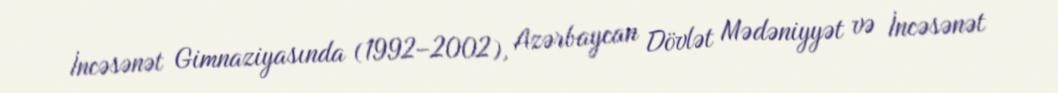
İncəsənət Gimnaziyasında (1992–2002), Azərbaycan Dövlət Mədəniyyət və İncəsənət